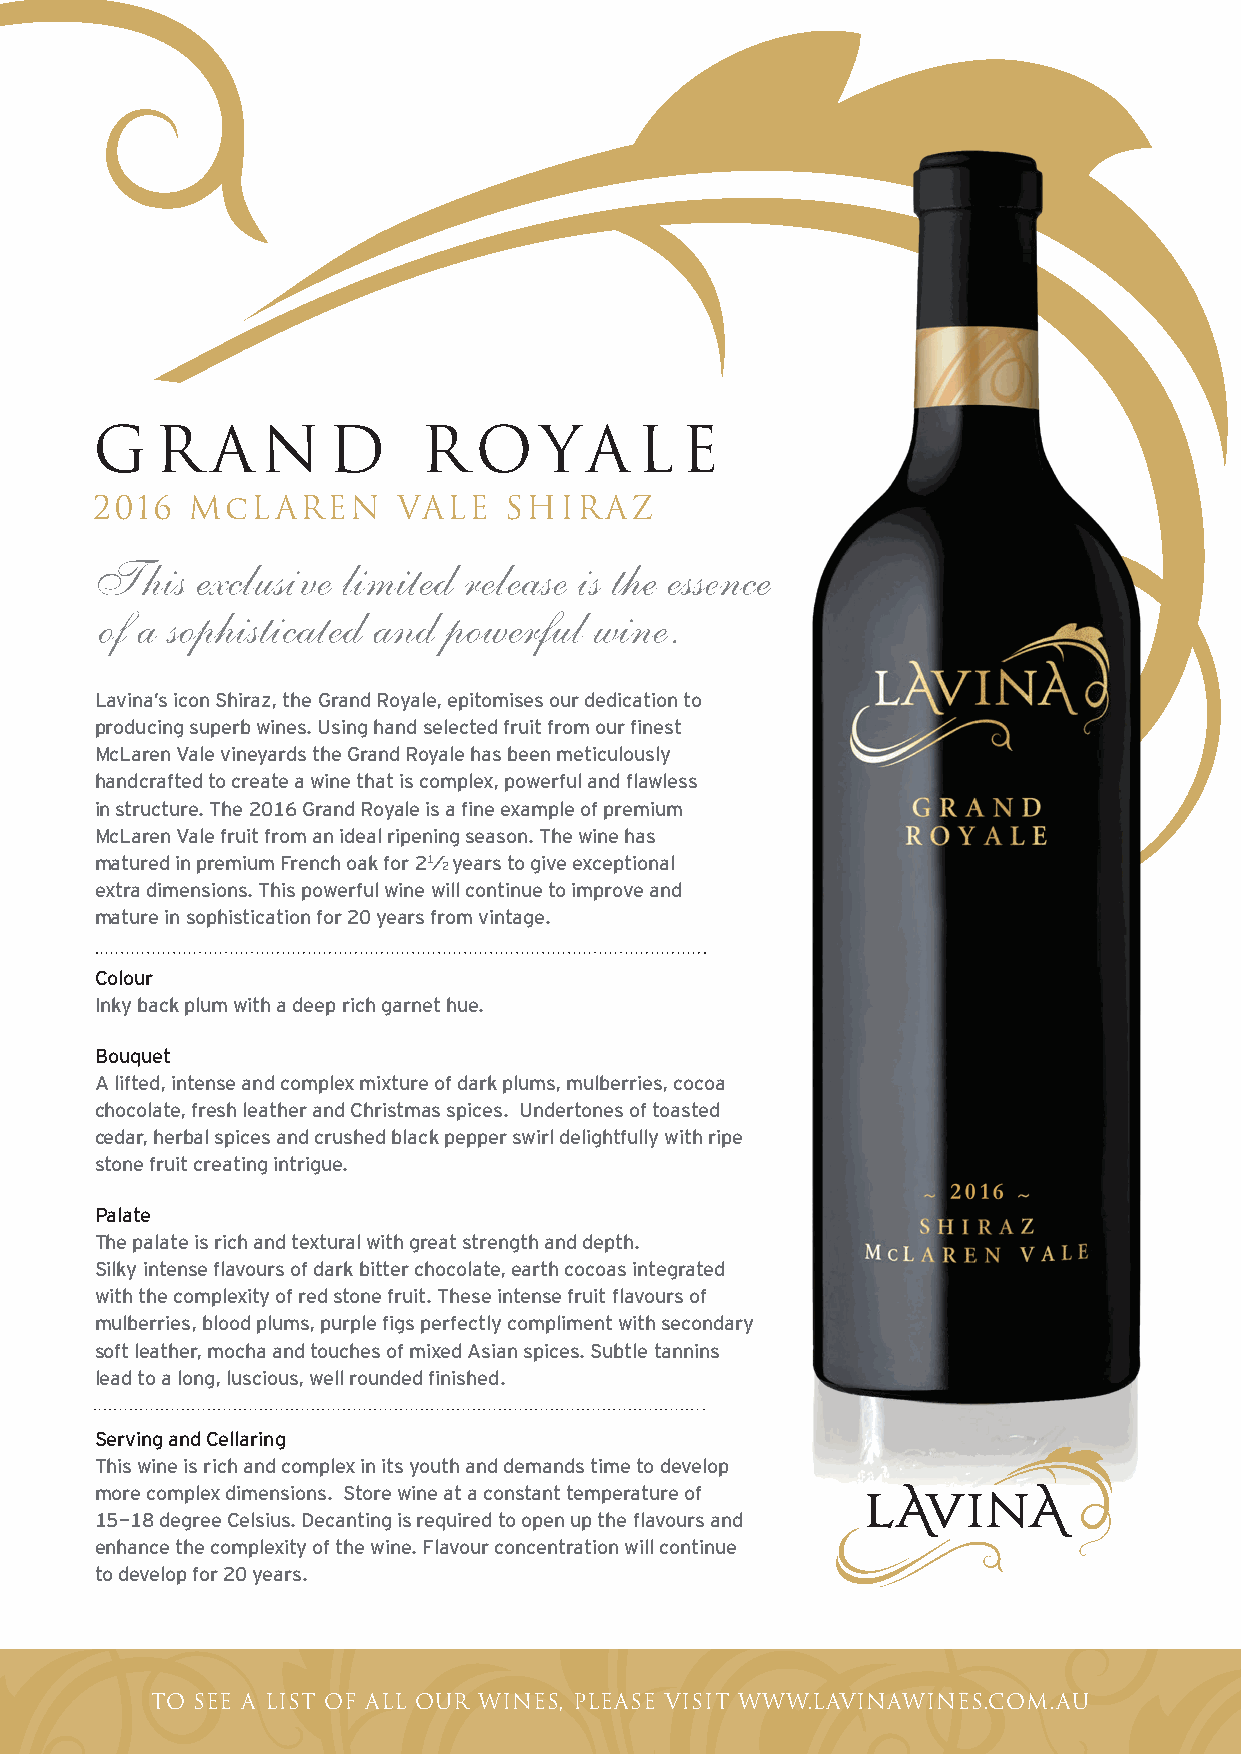
G   R   A  N    D     R  O    YA    L  E
 2016   McLAREN      VALE   SHIRAZ
 This  exclusive limited release is the essence
 of a sophisticated and powerful  wine.
 Lavina’s icon Shiraz, the Grand Royale, epitomises our dedication to
 producing superb wines. Using hand selected fruit from our finest
 McLaren Vale vineyards the Grand Royale has been meticulously
 handcrafted to create a wine that is complex, powerful and flawless
 in structure. The 2016 Grand Royale is a fine example of premium
 McLaren Vale fruit from an ideal ripening season. The wine has
 matured in premium French oak for 21/ years to give exceptional
 2
 extra dimensions. This powerful wine will continue to improve and
 mature in sophistication for 20 years from vintage.
 Colour
 Inky back plum with a deep rich garnet hue.
 Bouquet
 A lifted, intense and complex mixture of dark plums, mulberries, cocoa
 chocolate, fresh leather and Christmas spices. Undertones of toasted
 cedar, herbal spices and crushed black pepper swirl delightfully with ripe
 stone fruit creating intrigue.
 Palate
 The palate is rich and textural with great strength and depth.
 Silky intense flavours of dark bitter chocolate, earth cocoas integrated
 with the complexity of red stone fruit. These intense fruit flavours of
 mulberries, blood plums, purple figs perfectly compliment with secondary
 soft leather, mocha and touches of mixed Asian spices. Subtle tannins
 lead to a long, luscious, well rounded finished.
 Serving and Cellaring
 This wine is rich and complex in its youth and demands time to develop
 more complex dimensions. Store wine at a constant temperature of
 15-18 degree Celsius. Decanting is required to open up the flavours and
 enhance the complexity of the wine. Flavour concentration will continue
 to develop for 20 years.
 TO SEE A LIST OF ALL OUR WINES, PLEASE VISIT WWW.LAVINAWINES.COM.AU